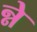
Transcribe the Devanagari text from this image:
न्ने